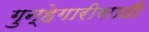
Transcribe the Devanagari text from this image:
गुन्हेगारीसाठी